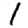
Digit: 1